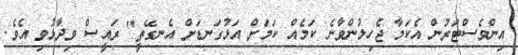
އިންވެސްޓަރުން އެކަމާ ޖެހިލުންވާނެ ކަމެއް ކަމަށް އަޅުގަނޑަށް އެނގޭތީ" ރައީސް ވިދާޅުވި އެވެ.